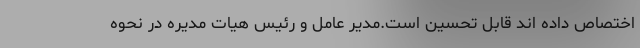
اختصاص داده اند قابل تحسين است.مدير عامل و رئيس هيات مديره در نحوه